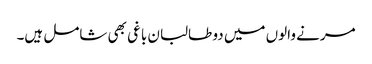
مرنے والوں میں دو طالبان باغی بھی شامل ہیں۔